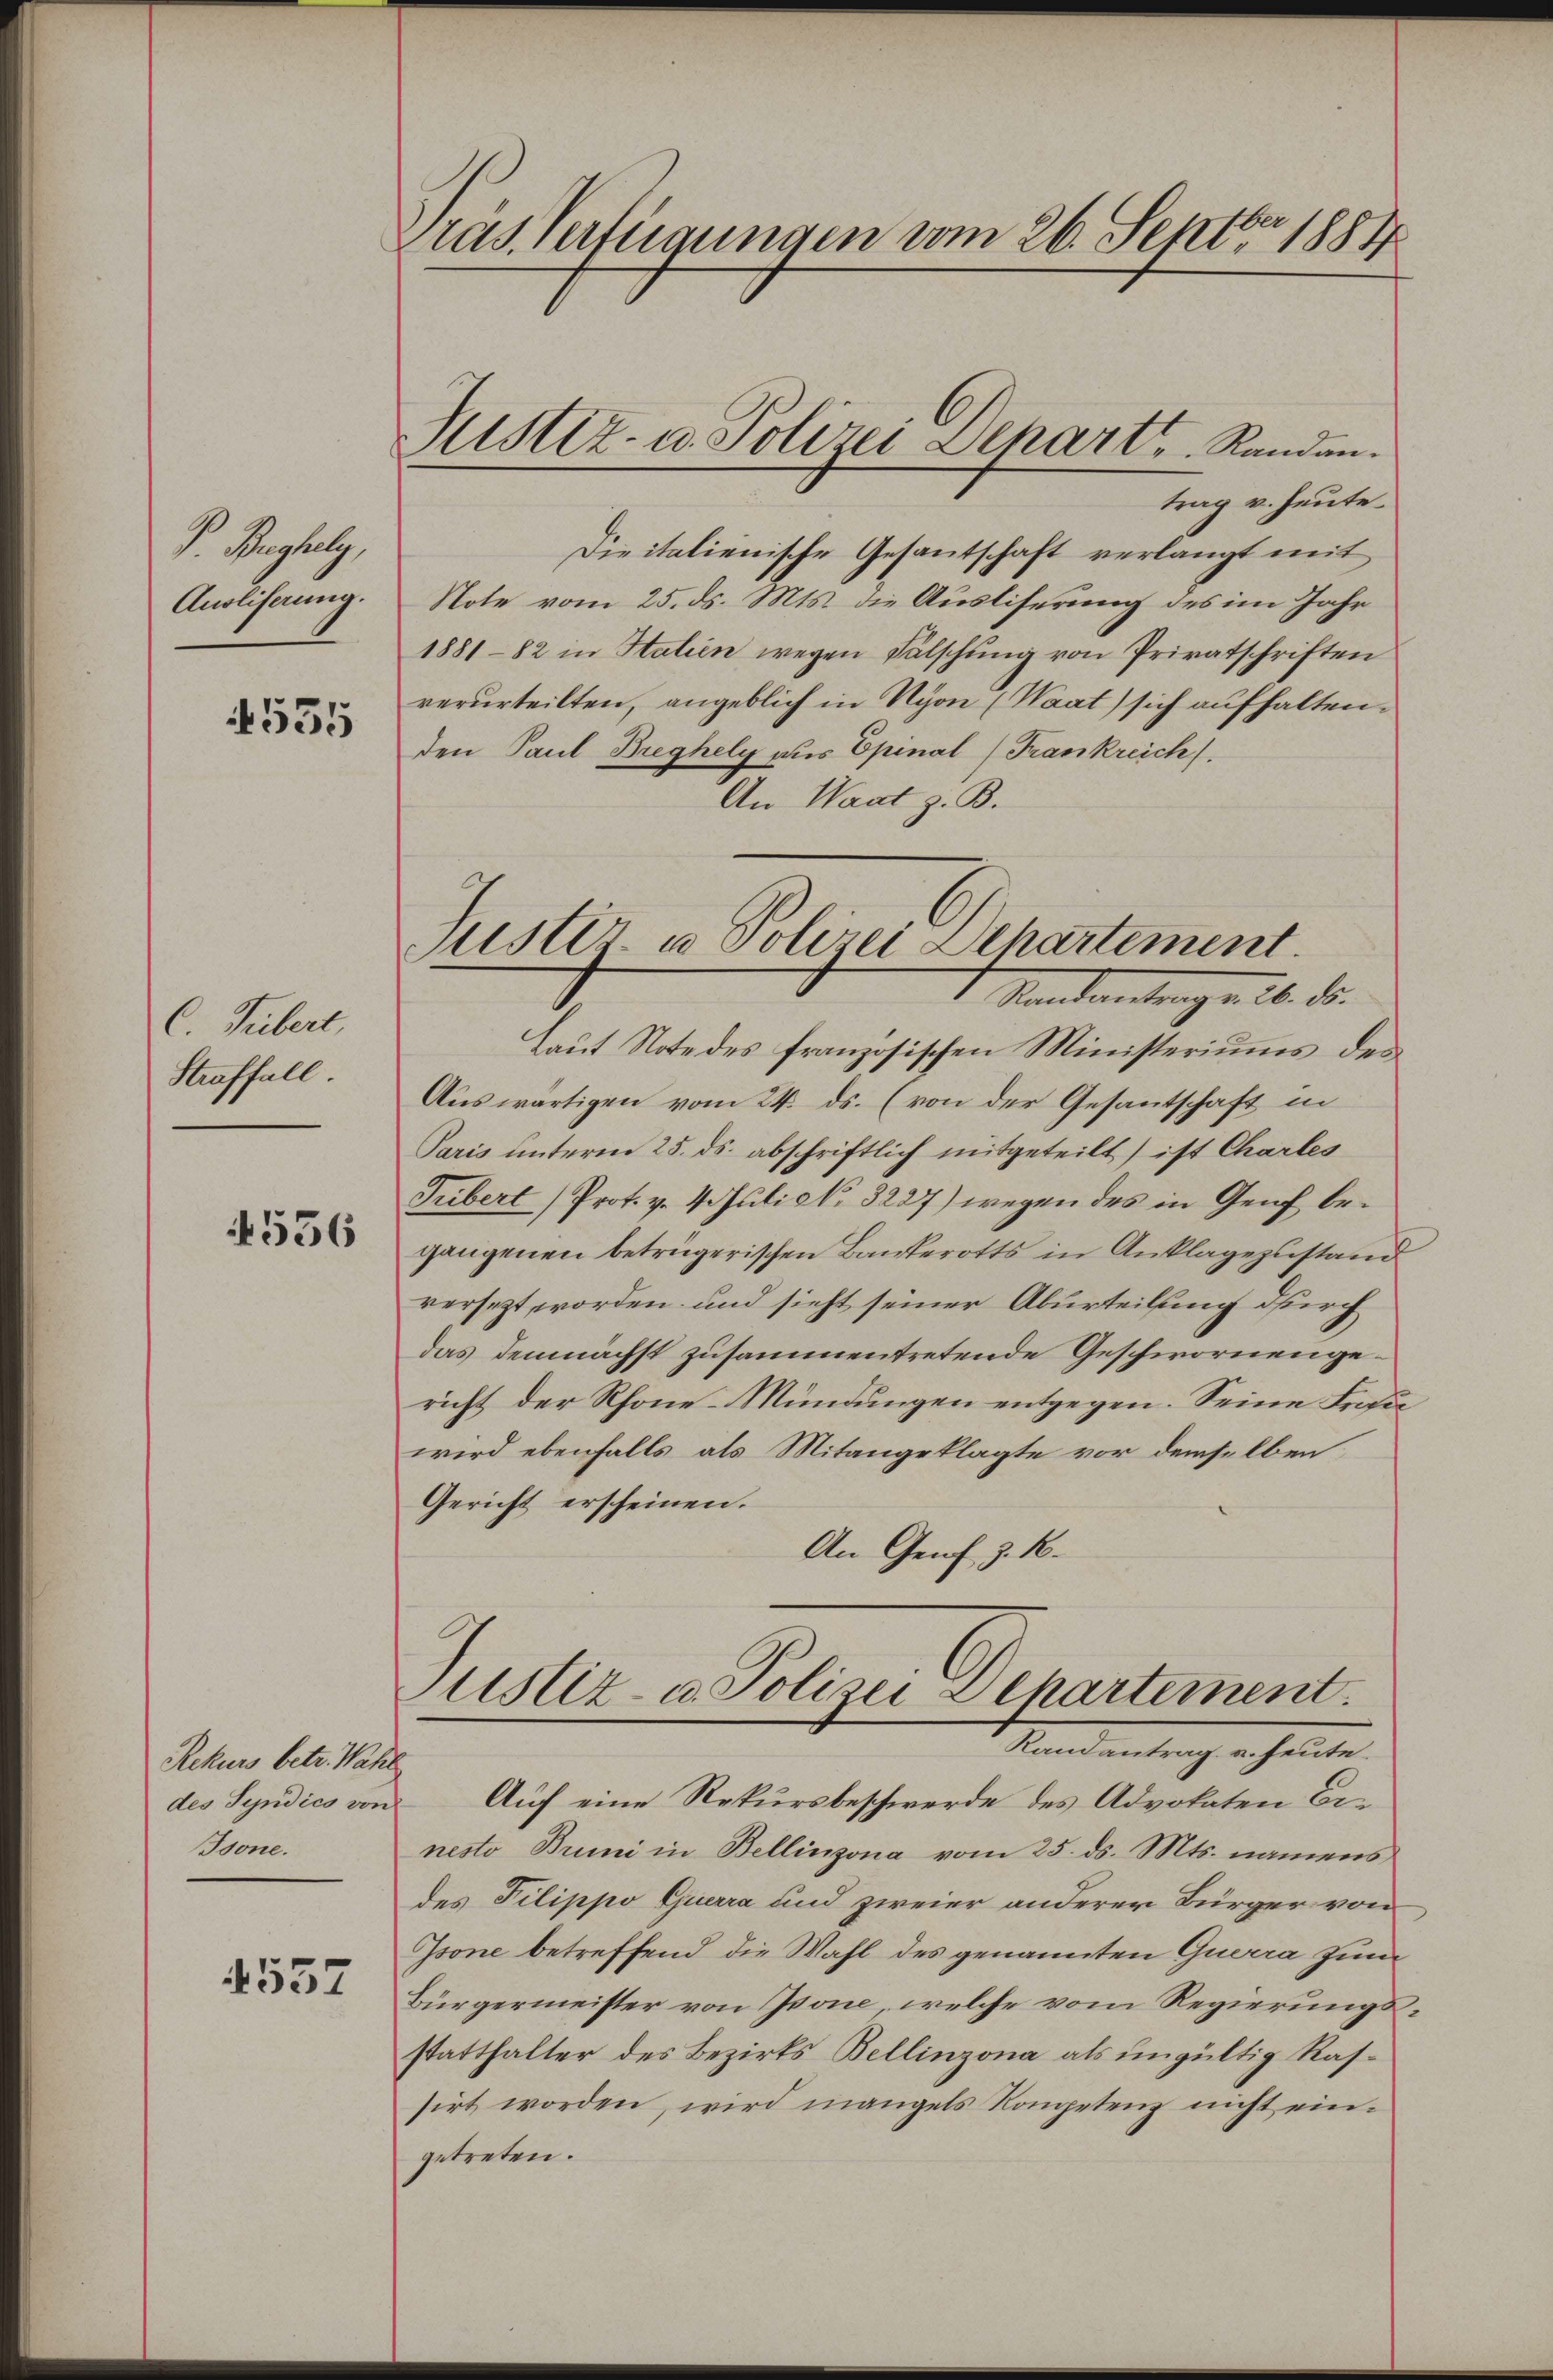
P. Burghely,
Anoliferung.

535

C. Fiebert,
Straffall

4536

Rekurs betr. Wahl
des Syndico von
Bone.

4557

Pras. Verfügungen vom 26. Sept. 1884

Rustiz- u. Polizei Dehart Randen.
t

trag u. heute.
Die italienische Gesantschaft verlangt mit
Note vom 25. ds. Mts. die Ausliserung des im Jahr
1881-82 in Stalien wegen Fälschung von Privatschriften
verurteilten, angeblich in Nyon (Waat) sich aufhalten.
den Paul Breghely aus Epinal (Frankreich.
An Waat z. B.

Puster u Polizei Dehartement.
Randantrag v. 26. ds.

Laut Note des französischen Ministeriums des
Auswärtigen vom 24. ds. (von der Gesantschaft in
Paris unterm 25. ds. abschriftlich mitgeteilt) ist Charles
Tribert Prot. v. 4. Juli N. 3227) wegen des in Genf begangenen betrügerischen Bankerotts in Anklagezustand
versezt worden und sieht seiner Aburteilung durch
das demnächst zusammentretende Geschwornengericht der Rhone-Mündungen entgegen. Seine Frosuwird ebenfalls als Mitangeklagte vor demselben
Gericht erscheinen.
An Genf. J. K.
Justiz- u. Polizei Departement.
Randantrag u. heute.
Auf eine Rekursbeschwerde des Advokaten Benesto Bruni in Bellinzona vom 25. ds. Mts. namens
des Filippo Guerra und zweier anderer Bürger von
Isone betreffend die Wahl des genannten Querra zum
Bürgermeister von Isone, welche vom Regierungsstatthalter des Bezirks Bellinzona als ungültig Rassirt worden, wird mangels Kompetenz nicht eingetreten.